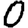
Digit: 0